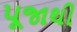
પૂજાથી